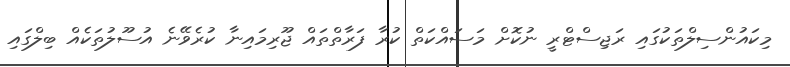
މިކައުންސިލްތަކުގައި ރަޖިސްޓްރީ ނުކޮށް މަސައްކަތް ކުރާ ފަރާތްތައް ޖޫރިމައިނާ ކުރެވޭނެ އުސޫލުތަކެއް ބިލްގައި